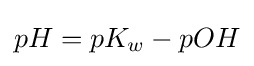
pH=pK_{w}-pOH